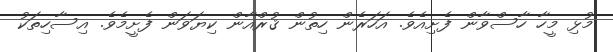
މުޅި މީހާ ހާސްވާން ފެށިއެވެ. އަހަރެން ހިތުން ޤުރްއާން ކިޔަވަން ފެށީމެވެ. އިސާހިތަކު